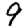
Digit: 9